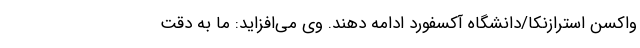
واکسن استرازنکا/دانشگاه آکسفورد ادامه دهند. وی می‌افزاید: ما به دقت